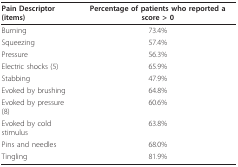
| Pain Descriptor (items) | Percentage of patients who reported a score > 0 |
 | --- | --- |
 | Burning | 73.4% |
 | Squeezing | 57.4% |
 | Pressure | 56.3% |
 | Electric shocks (5) | 65.9% |
 | Stabbing | 47.9% |
 | Evoked by brushing | 64.8% |
 | Evoked by pressure (8) | 60.6% |
 | Evoked by cold stimulus | 63.8% |
 | Pins and needles | 68.0% |
 | Tingling | 81.9% |